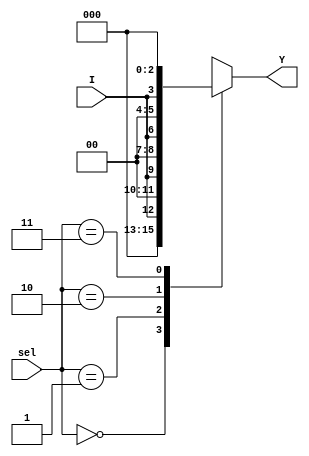
`timescale 1ns / 1ps
//////////////////////////////////////////////////////////////////////////////////
// Company: 
// 
// Design Name: 
// Module Name: demux_1_to_4
// Project Name: 
// Target Devices: 
// Tool Versions: 
// Description: 
// demultiplexer 1 to 4 program
// Dependencies: 
// 
// Revision:
// Revision 0.01 - File Created
// Additional Comments:
// 
//////////////////////////////////////////////////////////////////////////////////
module demux_1_to_4 (
    input I,
    input [1:0] sel,
    output reg [3:0] Y
);
    always @ (sel, I)
    case (sel)
        2'b00: Y = {3'b0, I};
        2'b01: Y = {2'b0, I, 1'b0};
        2'b10: Y = {1'b0, I, 2'b0};
        2'b11: Y = {I, 3'b0};
    endcase
endmodule